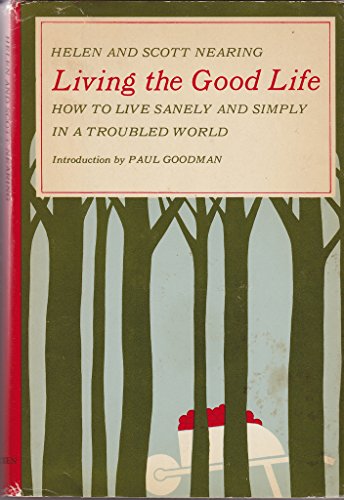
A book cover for Living the Good Life: How to Live Sanely and Simply In a Troubled World; Helen Nearing; Travel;